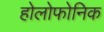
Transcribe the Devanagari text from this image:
होलोफोनिक